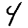
Digit: 4